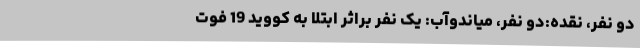
دو نفر، نقده:دو نفر، میاندوآب: یک نفر براثر ابتلا به کووید 19 فوت